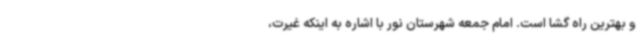
و بهترین راه گشا است. امام جمعه شهرستان نور با اشاره به اینکه غیرت،